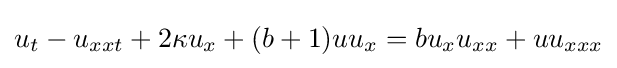
\displaystyle u_{t}-u_{xxt}+2\kappa u_{x}+(b+1)uu_{x}=bu_{x}u_{xx}+uu_{xxx}